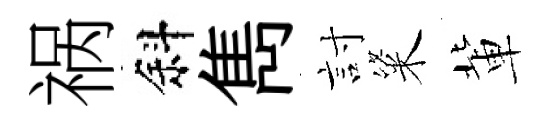
祸斜雋討粢軰